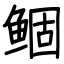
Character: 鲴